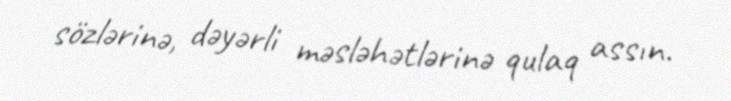
sözlərinə, dəyərli məsləhətlərinə qulaq assın.